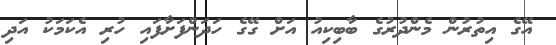
އޭގެ އިތުރުން މެންދުރުގެ ބާބިކިއު އަށް ގޭގެ ހަދަންފަށާފައި ހުރި އެކަމަކު އަދި